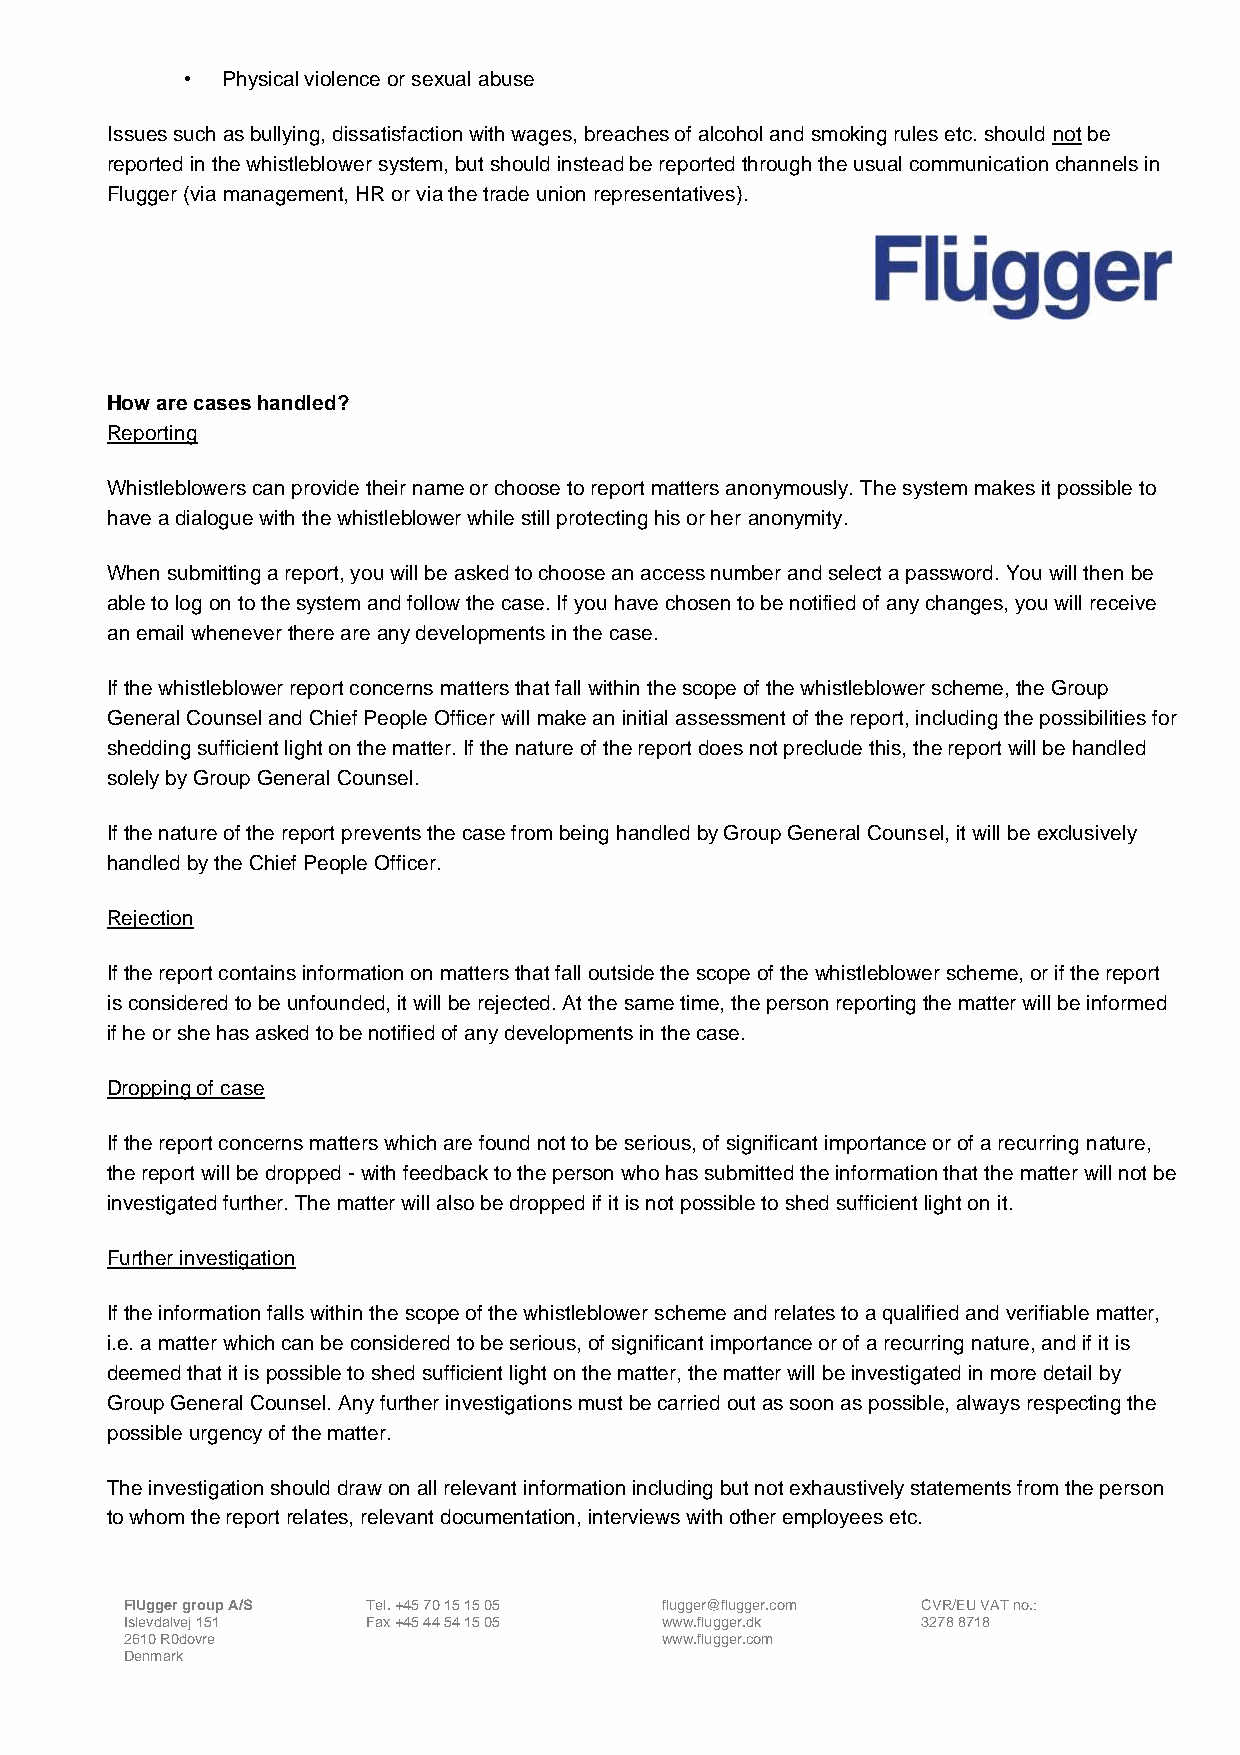
•  Physical violence or sexual abuse
 Issues such as bullying, dissatisfaction with wages, breaches of alcohol and smoking rules etc. should not be
 reported in the whistleblower system, but should instead be reported through the usual communication channels in
 Flugger (via management, HR or via the trade union representatives).
 How are cases handled?
 Reporting
 Whistleblowers can provide their name or choose to report matters anonymously. The system makes it possible to
 have a dialogue with the whistleblower while still protecting his or her anonymity.
 When submitting a report, you will be asked to choose an access number and select a password. You will then be
 able to log on to the system and follow the case. If you have chosen to be notified of any changes, you will receive
 an email whenever there are any developments in the case.
 If the whistleblower report concerns matters that fall within the scope of the whistleblower scheme, the Group
 General Counsel and Chief People Officer will make an initial assessment of the report, including the possibilities for
 shedding sufficient light on the matter. If the nature of the report does not preclude this, the report will be handled
 solely by Group General Counsel.
 If the nature of the report prevents the case from being handled by Group General Counsel, it will be exclusively
 handled by the Chief People Officer.
 Rejection
 If the report contains information on matters that fall outside the scope of the whistleblower scheme, or if the report
 is considered to be unfounded, it will be rejected. At the same time, the person reporting the matter will be informed
 if he or she has asked to be notified of any developments in the case.
 Dropping of case
 If the report concerns matters which are found not to be serious, of significant importance or of a recurring nature,
 the report will be dropped - with feedback to the person who has submitted the information that the matter will not be
 investigated further. The matter will also be dropped if it is not possible to shed sufficient light on it.
 Further investigation
 If the information falls within the scope of the whistleblower scheme and relates to a qualified and verifiable matter,
 i.e. a matter which can be considered to be serious, of significant importance or of a recurring nature, and if it is
 deemed that it is possible to shed sufficient light on the matter, the matter will be investigated in more detail by
 Group General Counsel. Any further investigations must be carried out as soon as possible, always respecting the
 possible urgency of the matter.
 The investigation should draw on all relevant information including but not exhaustively statements from the person
 to whom the report relates, relevant documentation, interviews with other employees etc.
 FlUgger group A/S Tel. +45 70 15 15 05 flugger@flugger.com CVR/EU VAT no.:
 Islevdalvej 151 Fax +45 44 54 15 05 www.flugger.dk   3278 8718
 2610 R0dovre                        www.flugger.com
 Denmark